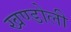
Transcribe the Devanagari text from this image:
खण्डोली